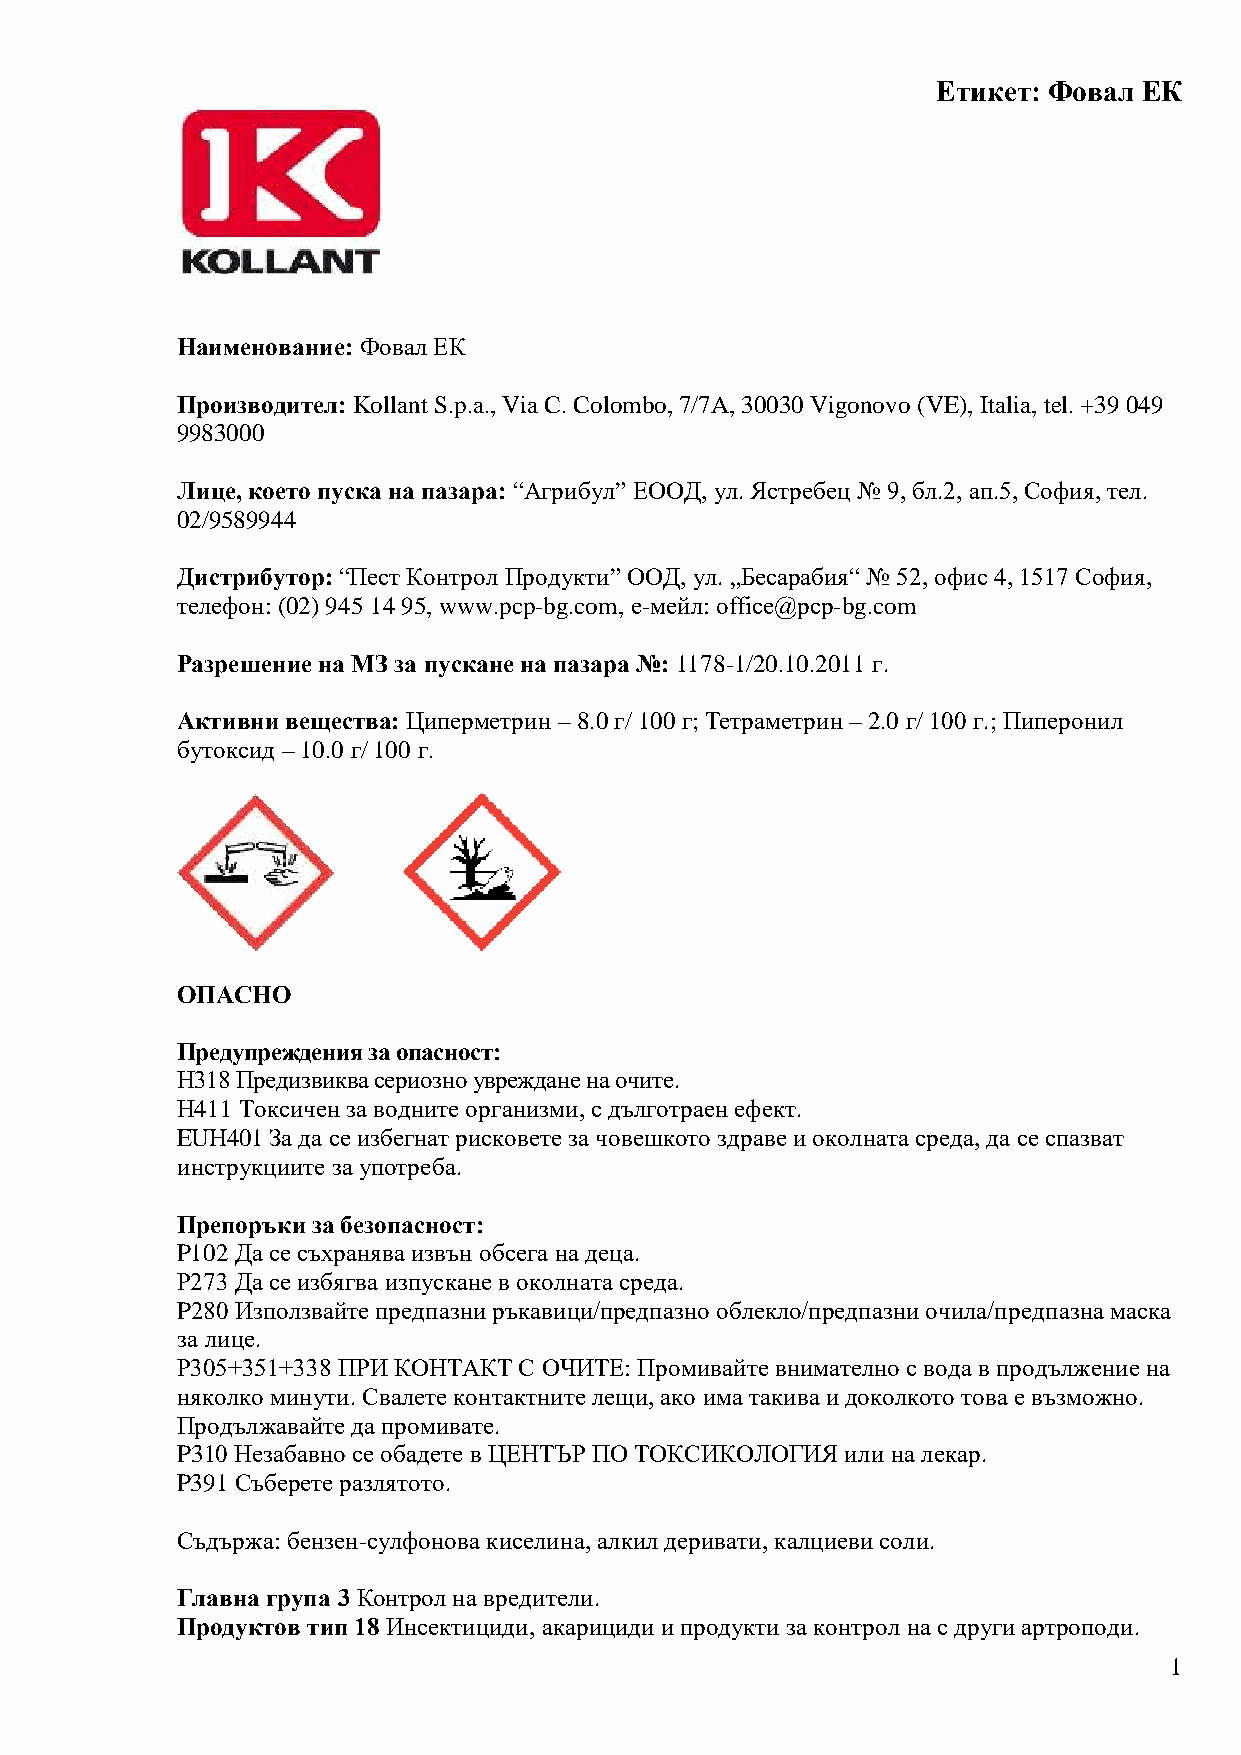
Етикет: Фовал ЕК
 Наименование: Фовал ЕК
 Производител: Kollant S.p.a., Via C. Colombo, 7/7A, 30030 Vigonovo (VE), Italia, tel. +39 049
 9983000
 Лице, което пуска на пазара: “Агрибул” ЕООД, ул. Ястребец № 9, бл.2, ап.5, София, тел.
 02/9589944
 Дистрибутор: “Пест Контрол Продукти” ООД, ул. „Бесарабия“ № 52, офис 4, 1517 София,
 телефон: (02) 945 14 95, www.pcp-bg.com, е-мейл: office@pcp-bg.com
 Разрешение на МЗ за пускане на пазара №: 1178-1/20.10.2011 г.
 Активни вещества: Циперметрин – 8.0 г/ 100 г; Тетраметрин – 2.0 г/ 100 г.; Пиперонил
 бутоксид – 10.0 г/ 100 г.
 ОПАСНО
 Предупреждения за опасност:
 H318 Предизвиква сериозно увреждане на очите.
 H411 Токсичен за водните организми, с дълготраен ефект.
 EUH401 За да се избегнат рисковете за човешкото здраве и околната среда, да се спазват
 инструкциите за употреба.
 Препоръки за безопасност:
 P102 Да се съхранява извън обсега на деца.
 P273 Да се избягва изпускане в околната среда.
 P280 Използвайте предпазни ръкавици/предпазно облекло/предпазни очила/предпазна маска
 за лице.
 P305+351+338 ПРИ КОНТАКТ С ОЧИТЕ: Промивайте внимателно с вода в продължение на
 няколко минути. Свалете контактните лещи, ако има такива и доколкото това е възможно.
 Продължавайте да промивате.
 P310 Незабавно се обадете в ЦЕНТЪР ПО ТОКСИКОЛОГИЯ или на лекар.
 P391 Съберете разлятото.
 Съдържа: бензен-сулфонова киселина, алкил деривати, калциеви соли.
 Главна група 3 Контрол на вредители.
 Продуктов тип 18 Инсектициди, акарициди и продукти за контрол на с други артроподи.
 1